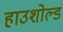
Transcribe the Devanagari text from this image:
हाउशोल्ड